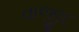
વાજીદ